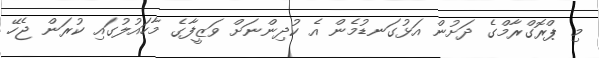
މި ޕްރޮގްރާމްގެ ދަށުން އަޅުގަނޑުމެން އެ ކުދިންނަށް ވަޒީފާގެ މާހައުލުގައި ކުރަން ޖެހޭ